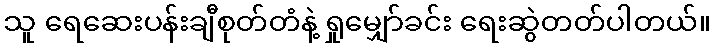
သူ ရေဆေးပန်းချီစုတ်တံနဲ့ ရှုမျှော်ခင်း ရေးဆွဲတတ်ပါတယ်။